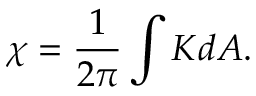
\chi = \frac { 1 } { 2 \pi } \int K d A .